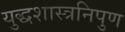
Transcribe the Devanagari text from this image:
युद्धशास्त्रनिपुण